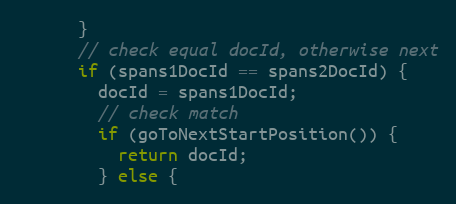
Language: Java
      }
      // check equal docId, otherwise next
      if (spans1DocId == spans2DocId) {
        docId = spans1DocId;
        // check match
        if (goToNextStartPosition()) {
          return docId;
        } else {